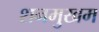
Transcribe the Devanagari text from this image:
शनमुखम